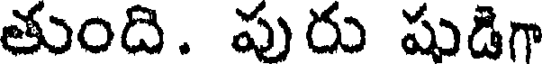
తుంది. పురు షుడిగా